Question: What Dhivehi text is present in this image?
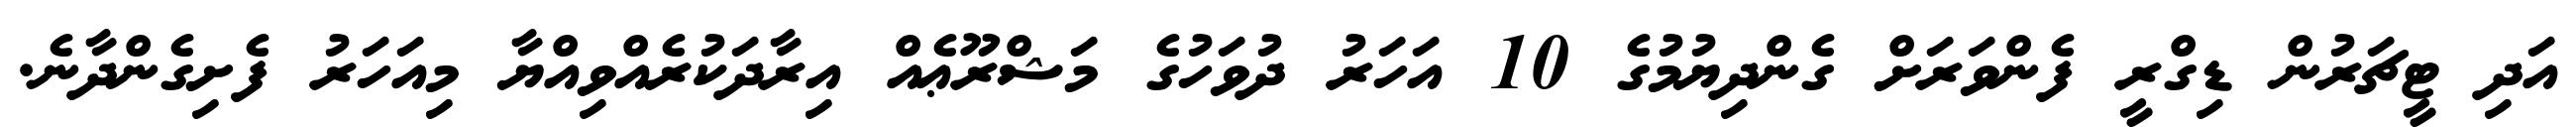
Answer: އަދި ޓީޗަރުން ޑިގްރީ ފެންވަރަށް ގެންދިޔުމުގެ 10 އަހަރު ދުވަހުގެ މަޝްރޫޢެއް އިރާދަކުރެއްވިއްޔާ މިއަހަރު ފެށިގެންދާނެ.